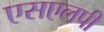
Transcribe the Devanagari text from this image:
एसएलपी